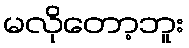
မလိုတော့ဘူး